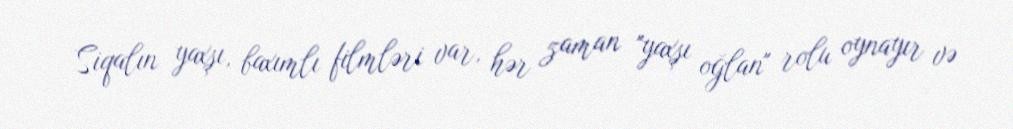
Siqalın yaxşı, baxımlı filmləri var, hər zaman "yaxşı oğlan" rolu oynayır və